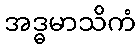
အဒ္ဓမာသိကံ